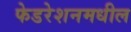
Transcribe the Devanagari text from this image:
फेडरेशनमधील